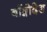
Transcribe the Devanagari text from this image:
बॉङ्गोदेश